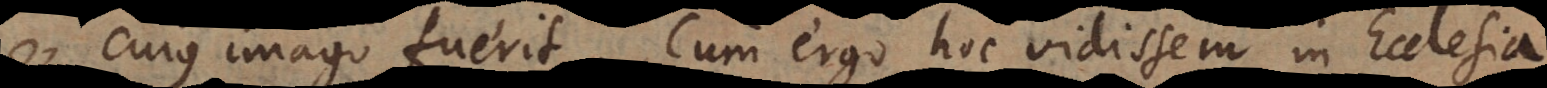
cujus imago fuerit. Cum ergo hoc vidissem, in Ecclesia